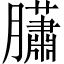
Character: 𦢩